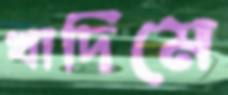
খাদিমে